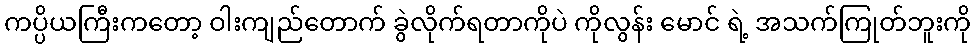
ကပ္ပိယကြီးကတော့ ဝါးကျည်တောက် ခွဲလိုက်ရတာကိုပဲ ကိုလွန်း မောင် ရဲ့ အသက်ကြုတ်ဘူးကို